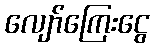
လျော်ကြေးငွေ